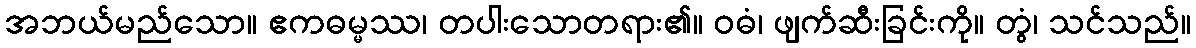
အဘယ်မည်သော။ ဧကဓမ္မဿ၊ တပါးသောတရား၏။ ဝဓံ၊ ဖျက်ဆီးခြင်းကို။ တွံ၊ သင်သည်။